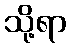
သို့ရာ